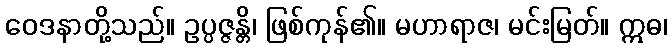
ဝေဒနာတို့သည်။ ဥပ္ပဇ္ဇန္တိ၊ ဖြစ်ကုန်၏။ မဟာရာဇ၊ မင်းမြတ်။ ဣဓ၊